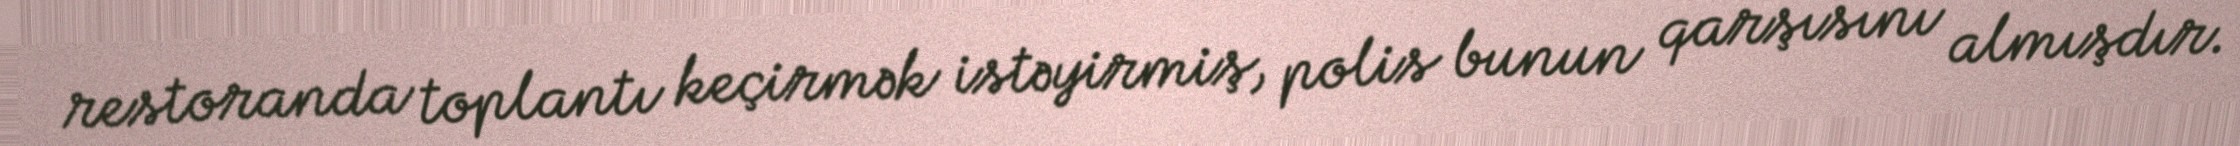
restoranda toplantı keçirmək istəyirmiş, polis bunun qarşısını almışdır.